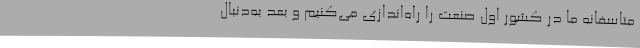
متاسفانه ما در کشور اول صنعت را راه‌اندازی می‌کنیم و بعد به‌دنبال